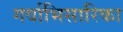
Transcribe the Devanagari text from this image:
गर्वाभिसारिका